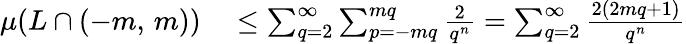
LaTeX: \begin{array}{rl}{\mu(L\cap(-m,\, m))}&{{}\leq\sum_{q=2}^{\infty}\sum_{p=-mq}^{mq}{\frac{2}{q^{n}}}=\sum_{q=2}^{\infty}{\frac{2(2mq+1)}{q^{n}}}}\end{array}